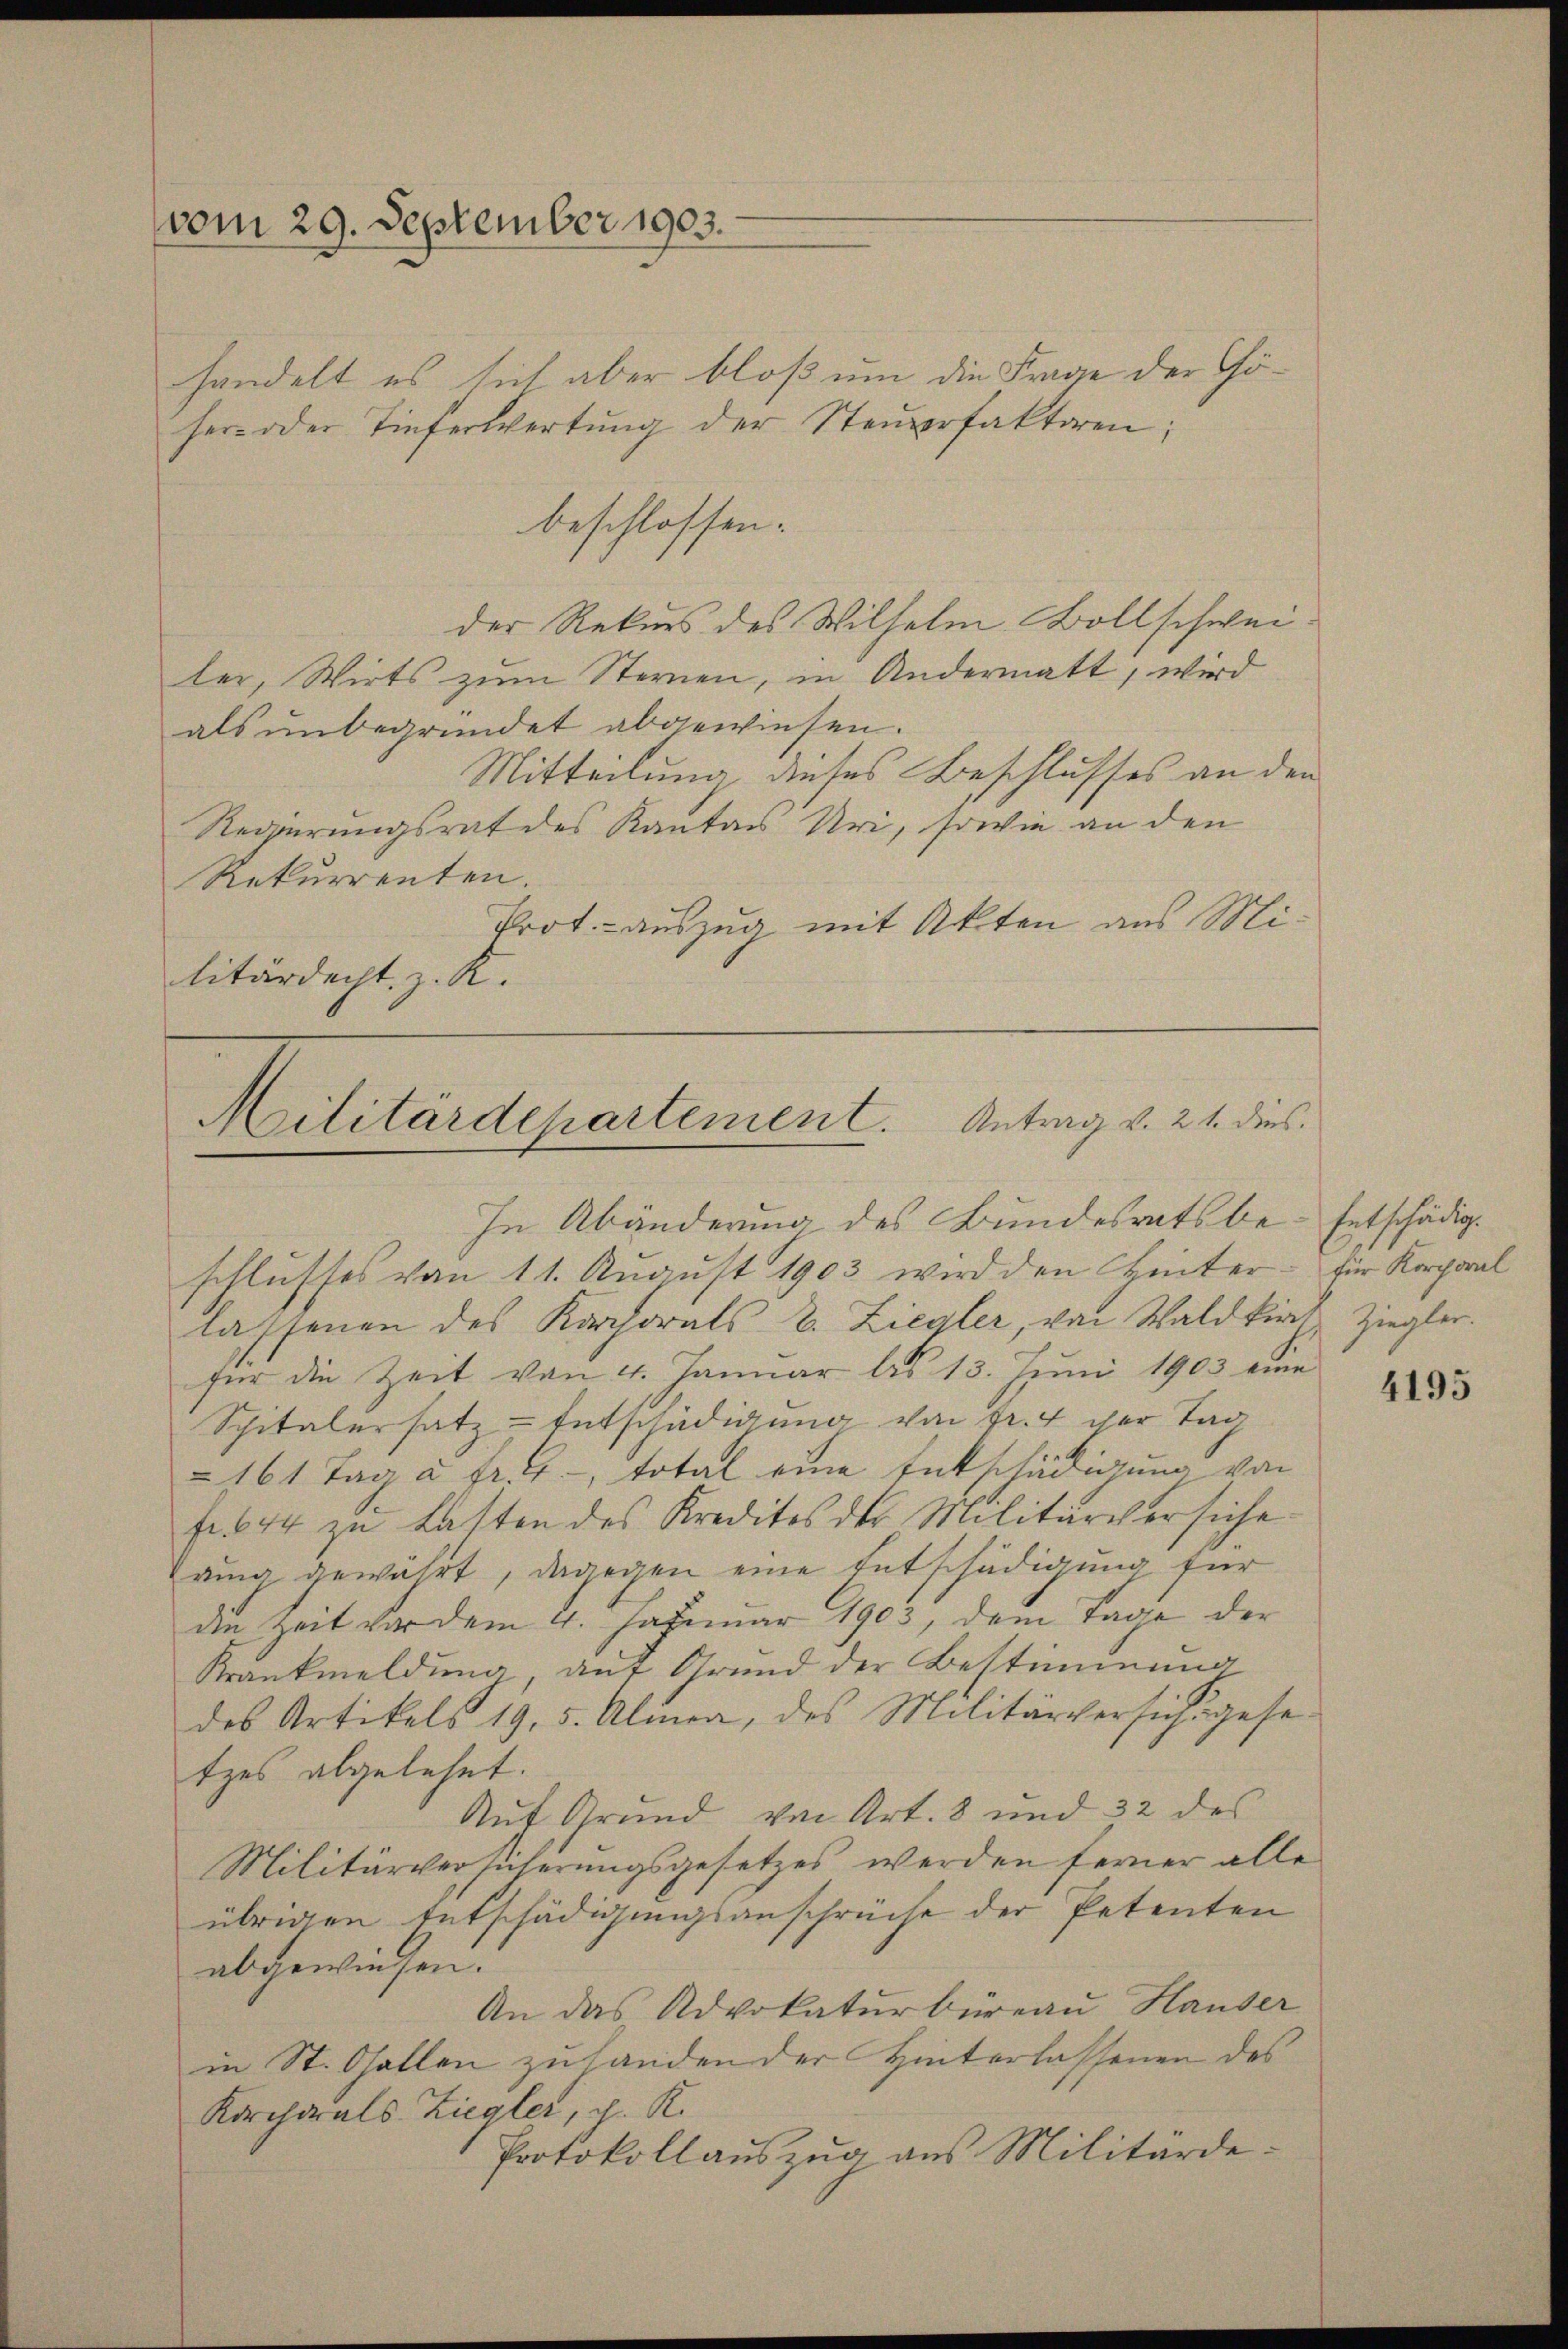
vom 29. September 1903.

Militärdepartement. Antrag v. 21. dies
In Abänderung des Bundesratsbe- Entschädig¬

handelt es sich aber bloß um die Frage der Göher- oder Tieferwertung der Steŭerfaktoren;
beschlossen:
der Rekurs des Wilhelm Bollschweiler, Wirts zum Sternen, in Andermatt, wird
als unbegründet abgewiesen.
Mitteilung dieses Beschlusses an den
Regierungsrat des Kanton Uri, sowie an den
Rekurrenten.
Prot. - auszug mit Akten aus Militärdecht, z. K.

schlusses von 11. August 1903 wird den Hinter
lassenen des Korporals E. Ziegler, von Waldkirch Ziegler.
für die Zeit von 4. Januar bis 13. Juni 1903 eine
Spitalersatz-Entschädigung von Fr. 4 der Tag
161 Tag à Fr. 4, total eine Entschädigung von
f. 644 zu Lasten des Kredites der Militärversiche
rung gewährt, dagegen eine Entschädigung für
die Zeit vor dem 4. Januar 1903, dem Tage der
Krankmeldung, auf Grund der Bestimmung
des Artikels 19. 5. Almen, des Militärversich gese
tzes abgelehnt.
Auf Grund von Art. 8 und 32 des
Militärversicherungsgesetzes werden ferner alle
übrigen Entschädigungsanschrüche der Petenten
abgewiesen.
An das Advokaturbüreau Hauser
in St. Gallen zu handen der Hinterlassenen des
Korchaals Ziegler, v. K.
Protokollauszug aus Militärde¬

für Korporal

4195